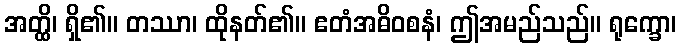
အတ္ထိ၊ ရှိ၏။ တဿာ၊ ထိုနတ်၏။ ဧတံအဓိဝစနံ၊ ဤအမည်သည်။ ရုက္ခော၊